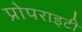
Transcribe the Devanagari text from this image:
प्रोपराइटी